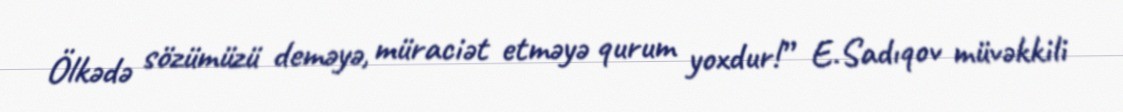
Ölkədə sözümüzü deməyə, müraciət etməyə qurum yoxdur!” E.Sadıqov müvəkkili